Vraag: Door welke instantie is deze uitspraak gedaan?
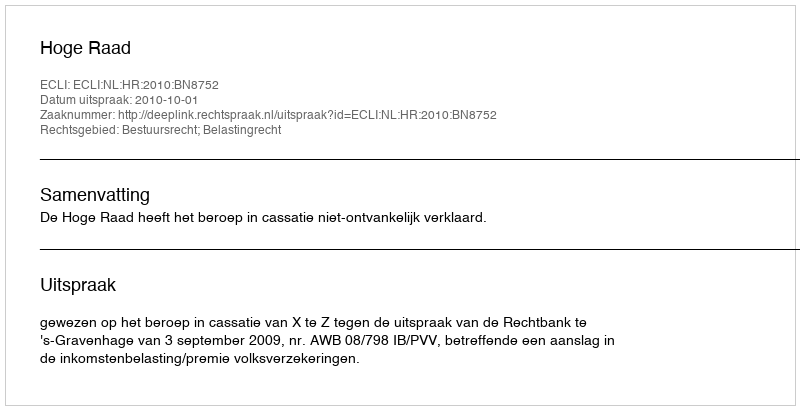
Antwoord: Hoge Raad